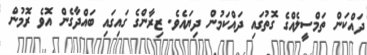
ދައްކަން ތަމްސީލެއްގެ ގޮތުގައި ދައްކަމުން ދިޔައެވެ. ޒިރާންގެ ގައިގައި ބައްދާގެން އޮވެ ރޮމުން